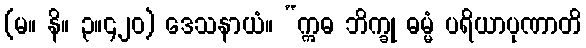
(မ။ နိ။ ၃။၄၂၀) ဒေသနာယံ။ “ဣဓ ဘိက္ခု ဓမ္မံ ပရိယာပုဏာတိ